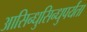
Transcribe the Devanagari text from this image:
आसिन्धुसिन्धुपर्यंता